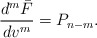
\begin{align*} \frac{d^m\bar{F}}{dv^m}=P_{n-m}.\end{align*}